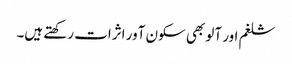
شلغم اور آلو بھی سکون آور اثرات رکھتے ہیں۔